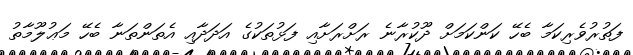
ފަތުރުވެރިކަމާ ބެހޭ ކަންކަމަށް ދޫކުރާނެ ރަށްރަށާއި ފަޅުތަކުގެ އަދަދާއި އެތަންތަނާ ބެހޭ މަޢުލޫމާތު